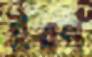
ইরণ